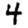
Digit: 4